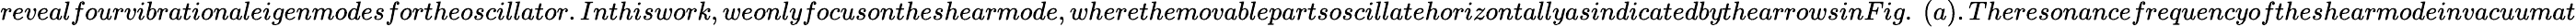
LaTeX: revealfourvibrationaleigenmodesfortheoscillator.Inthiswork,weonlyfocusontheshearmode,wherethemovablepartsoscillatehorizontallyasindicatedbythearrowsinFig.~(a).Theresonancefrequencyoftheshearmodeinvacuumat